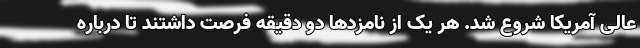
عالی آمریکا شروع شد. هر یک از نامزدها دو دقیقه فرصت داشتند تا درباره